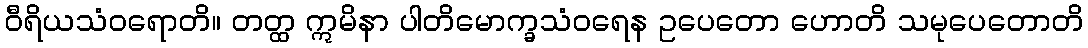
ဝီရိယသံဝရောတိ။ တတ္ထ ဣမိနာ ပါတိမောက္ခသံဝရေန ဥပေတော ဟောတိ သမုပေတောတိ